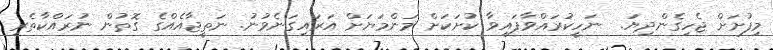
މިފުށަށް ޖެހިގެންދިޔަ.  ނަހީކުރައްވާފައިވާ ކުށަކަށް މަންމަޔަށް އަރައިގަނެވުނު. ނަތީޖާއެއްގެ ގޮތުން ނުރައްކާތެރި